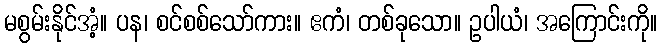
မစွမ်းနိုင်အံ့။ ပန၊ စင်စစ်သော်ကား။ ဧကံ၊ တစ်ခုသော။ ဥပါယံ၊ အကြောင်းကို။